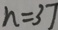
n = 3 7